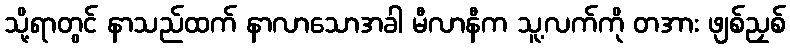
သို့ရာတွင် နာသည်ထက် နာလာသောအခါ မီလာနီက သူ့လက်ကို တအား ဖျစ်ညှစ်